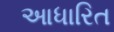
આધારિત